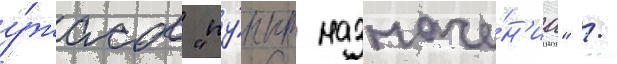
у́жасов "пу́нкт назначе́н'иа" /